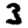
Digit: 3